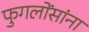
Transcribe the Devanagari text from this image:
फुगलोंसांना